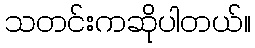
သတင်းကဆိုပါတယ်။